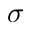
\sigma